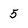
Character: 5